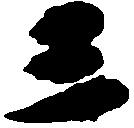
三